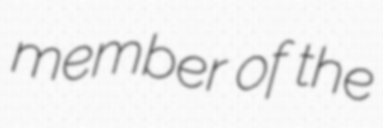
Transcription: member of the